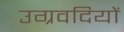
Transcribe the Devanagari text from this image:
उग्रवदियों